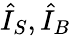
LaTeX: {\hat{I}}_{S},{\hat{I}}_{B}